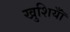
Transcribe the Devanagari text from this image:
खुशियॉँ